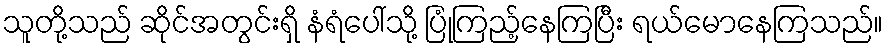
သူတို့သည် ဆိုင်အတွင်းရှိ နံရံပေါ်သို့ ပြုံကြည့်နေကြပြီး ရယ်မောနေကြသည်။